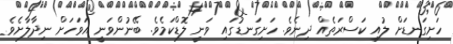
ހަށިގަނޑަށް ލުއި ކަސްރަތެއް ދިނެވެ. ހަށިގަނޑުގައި ވަނީ ލޮޑްކަމެވެ. ބޭނުންވަނީ އަވަހަށް ނިދާލާށެވެ.